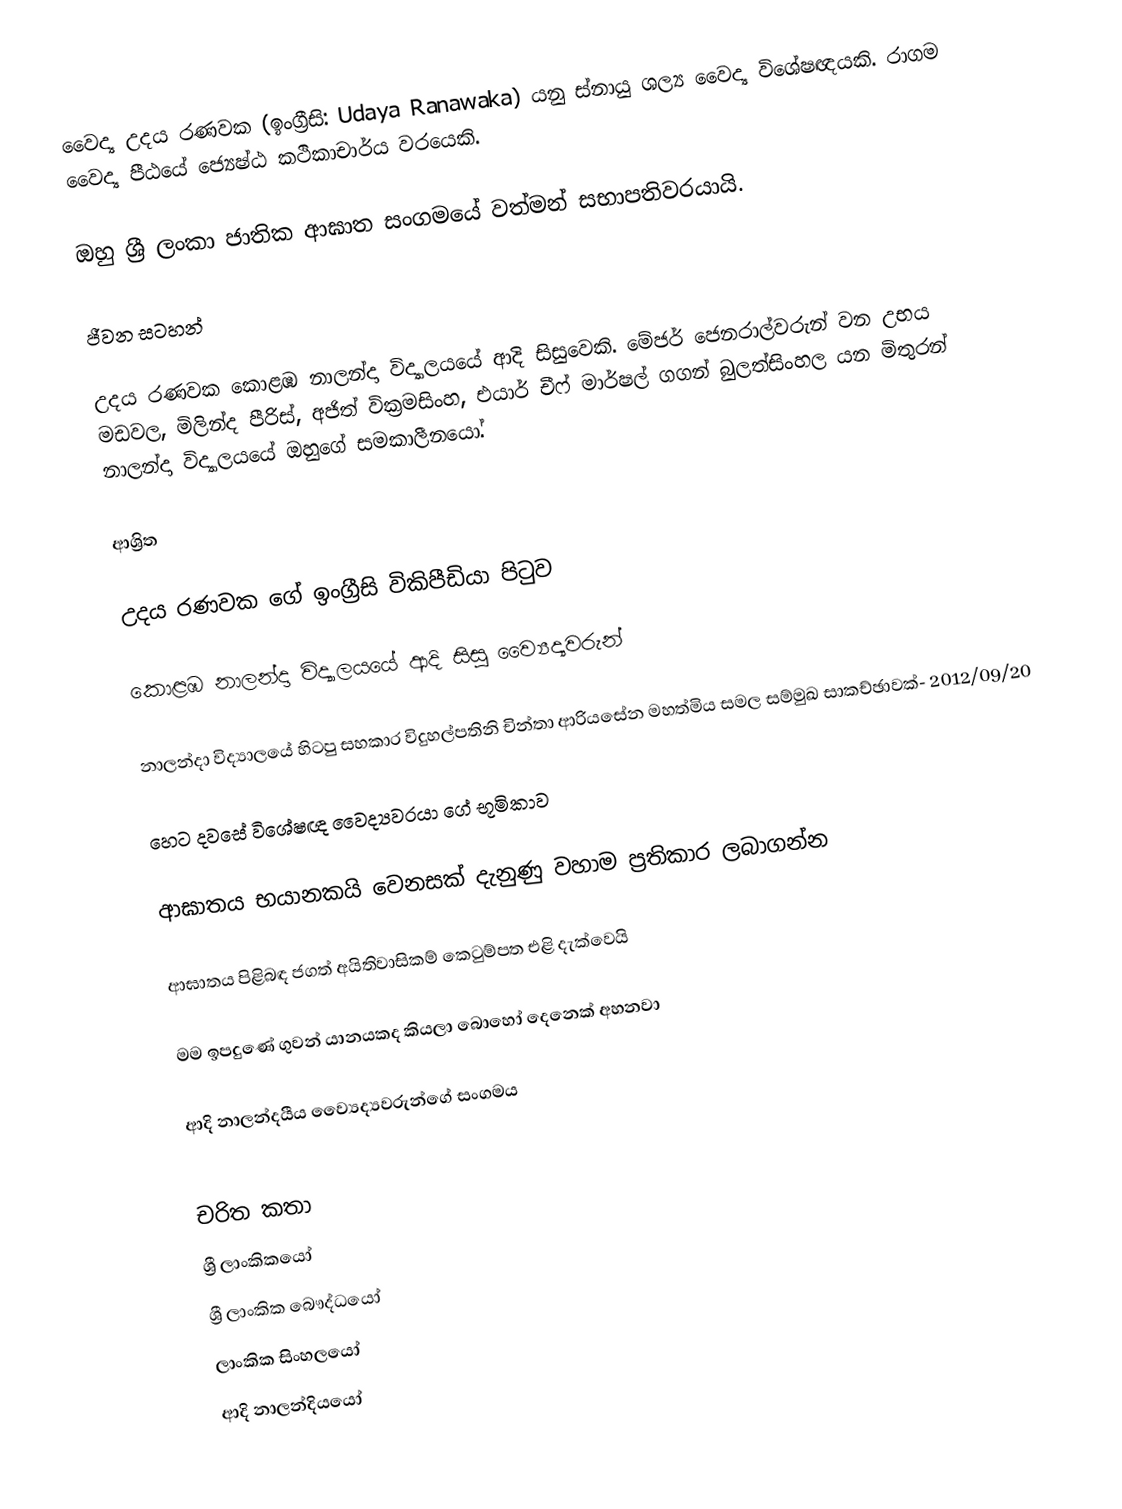
වෛද්‍ය උදය රණවක (ඉංග්‍රීසි: Udaya Ranawaka) යනු ස්නායු ශල්‍ය වෛද්‍ය විශේෂඥයකි. රාගම වෛද්‍ය පීඨයේ ජ්‍යෙෂ්ඨ කථිකාචාර්ය වරයෙකි.

ඔහු ශ්‍රී ලංකා ජාතික ආඝාත සංගමයේ වත්මන් සභාපතිවරයායි.

ජීවන සටහන්

උදය රණවක  කොළඹ නාලන්දා විද්‍යාලයයේ ආදි සිසුවෙකි. මේජර් ජෙනරාල්වරුන් වන උභය මඩවල,  මිලින්ද පීරිස්, අජිත් වික්‍රමසිංහ, එයාර් චීෆ් මාර්ෂල් ගගන් බුලත්සිංහල යන මිතුරන්  නාලන්දා විද්‍යාලයයේ ඔහුගේ සමකාලීනයෝ.

ආශ්‍රිත

 උදය රණවක ගේ ඉංග්‍රීසි විකිපීඩියා පිටුව

 කොළඹ නාලන්දා විද්‍යාලයයේ ආදි සිසු ව්‍යෛද්‍යවරුන්

 නාලන්දා විද්‍යාලයේ හිටපු සහකාර විදුහල්පතිනි චින්තා ආරියසේන මහත්මිය සමල සම්මුඛ සාකච්ඡාවක්- 2012/09/20

 හෙට දවසේ විශේෂඥ වෛද්‍යවරයා ගේ භූමිකාව

 ආඝාතය භයානකයි වෙනසක්‌ දැනුණු වහාම ප්‍රතිකාර ලබාගන්න

 ආඝාතය පිළිබඳ ජගත් අයිතිවාසිකම් කෙටුම්පත එළි දැක්වෙයි

 මම ඉපදුණේ ගුවන් යානයකද කියලා බොහෝ දෙනෙක් අහනවා

 ආදි නාලන්දයීය ව්‍යෛද්‍යවරුන්ගේ සංගමය

චරිත කතා
ශ්‍රී ලාංකිකයෝ
ශ්‍රී ලාංකික බෞද්ධයෝ
ලාංකික සිංහලයෝ
ආදි නාලන්දියයෝ